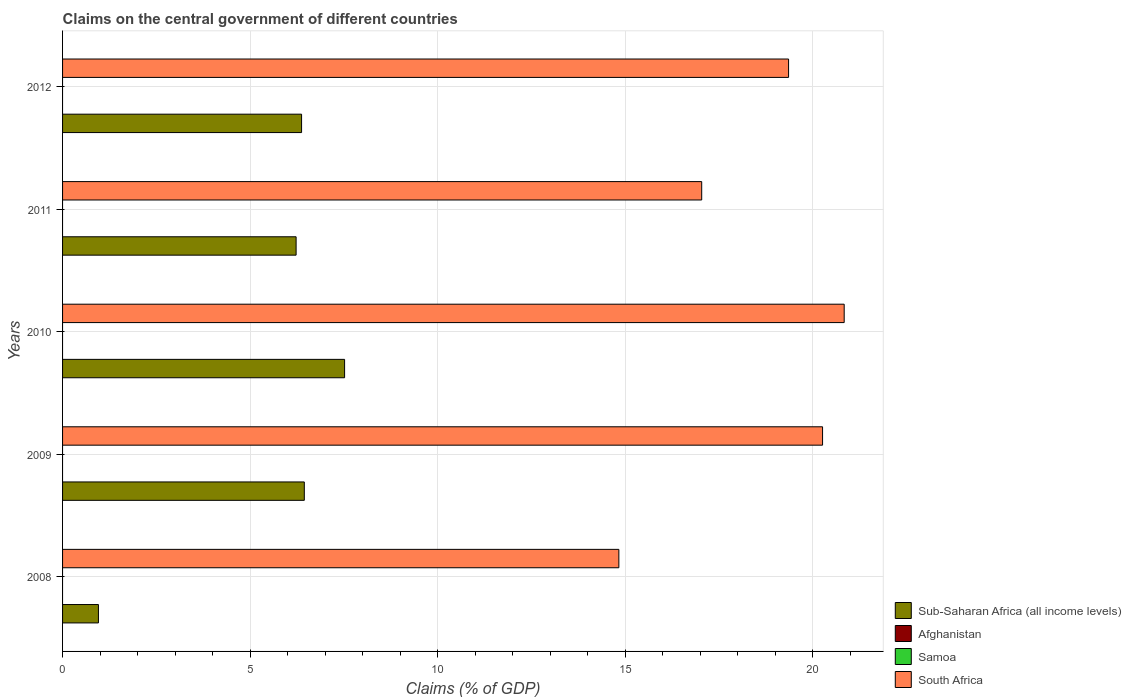
| Years | Sub-Saharan Africa (all income levels) | Afghanistan | Samoa | South Africa |
 | --- | --- | --- | --- | --- |
 | 2008 | 0.957 | -5.51 | -2.25 | 14.8 |
 | 2009 | 6.45 | -6.79 | -4.17 | 20.3 |
 | 2010 | 7.52 | -7.4 | -6.5 | 20.8 |
 | 2011 | 6.23 | -7.97 | -5.73 | 17 |
 | 2012 | 6.37 | -8.13 | -5.59 | 19.4 |